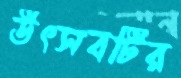
উৎসবটির